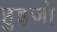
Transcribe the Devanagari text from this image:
हुइजो